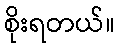
စိုးရတယ်။